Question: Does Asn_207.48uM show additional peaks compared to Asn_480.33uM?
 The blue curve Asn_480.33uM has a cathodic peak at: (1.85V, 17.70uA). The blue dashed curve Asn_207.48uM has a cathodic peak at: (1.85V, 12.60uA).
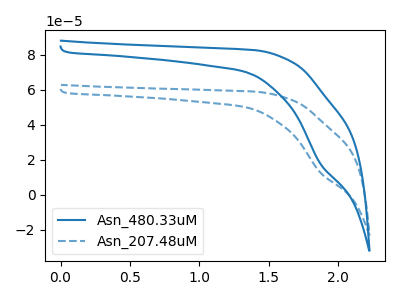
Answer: <think>All the peaks in "Asn_207.48uM" have a peak in "Asn_480.33uM" at the same potential. Every peak in "Asn_207.48uM" is higher than every peak in "Asn_480.33uM".
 </think>
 <answer>No, "Asn_207.48uM" and "Asn_480.33uM" don't appear to be significantly different in shape</answer>
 <eval>no_change</eval>